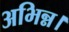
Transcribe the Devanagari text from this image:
अभिन्न।